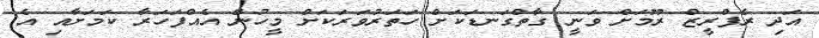
އަދި ރެފްރީޒް ރޫމަށް ވަނީ ގާތްގަނޑަކަށް ހަތަރުވަރަކަށް މީހުން އެއްފަހަރާ ކަމަށާއި އެ